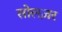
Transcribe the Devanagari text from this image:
सोलज़र